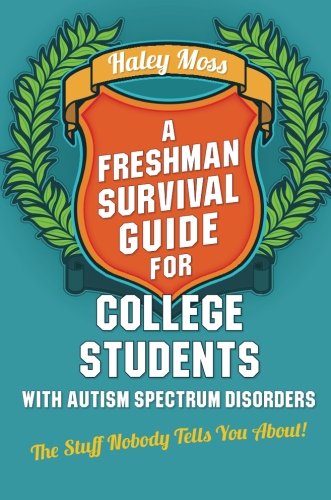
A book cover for A Freshman Survival Guide for College Students with Autism Spectrum Disorders: The Stuff Nobody Tells You About!; Haley Moss; Parenting & Relationships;